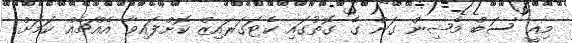
މިއީ 'ސަބް މެޝިން ގަން ގެ ގޮތުގައި ކެޓަގަރައިޒް ކޮށްފައިވާ އެއްޗެއް ކަަމަށް